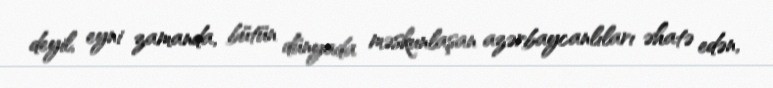
deyil, eyni zamanda, bütün dünyada məskunlaşan azərbaycanlıları əhatə edən,